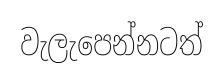
වැලැපෙන්නටත්